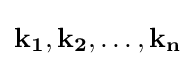
\mathbf {k_{1}} ,\mathbf {k_{2}} ,\ldots ,\mathbf {k_{n}}